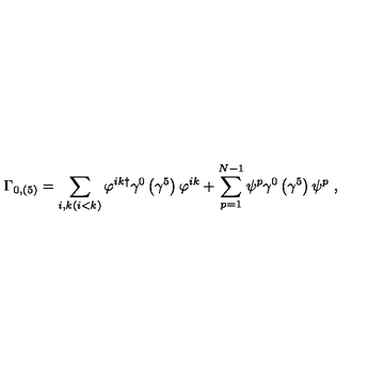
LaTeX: \Gamma _ { 0 , \left( 5 \right) } = \sum _ { i , k ( i < k ) } \varphi ^ { i k \dagger } \gamma ^ { 0 } \left( \gamma ^ { 5 } \right) \varphi ^ { i k } + \sum _ { p = 1 } ^ { N - 1 } \psi ^ { p } \gamma ^ { 0 } \left( \gamma ^ { 5 } \right) \psi ^ { p } \ ,